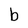
Character: b